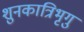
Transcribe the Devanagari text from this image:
शुनकात्रिभृगु